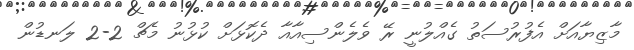
މާޒިޔާއަށް އެފުރުސަތު ގެއްލުނީ ރޭ ވެލެންސިއާއާ ދެކޮޅަށް ކުޅުނު މެޗް 2-2 ލަނޑުން